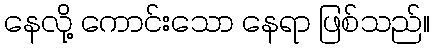
နေလို့ ကောင်းသော နေရာ ဖြစ်သည်။